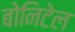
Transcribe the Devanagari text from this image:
बोनिटेल